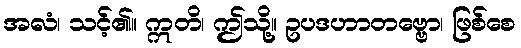
အလံ၊ သင့်၏။ ဣတိ၊ ဤသို့။ ဥပဒဟာတဗ္ဗော၊ ဖြစ်စေ